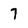
Character: 7